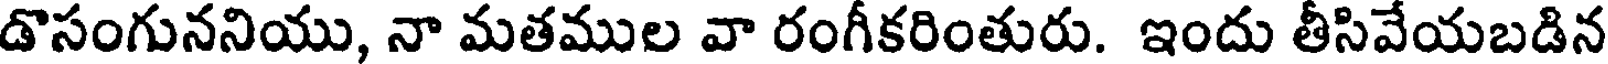
డొసంగుననియు, నా మతముల వా రంగీకరింతురు. ఇందు తీసివేయబడిన